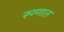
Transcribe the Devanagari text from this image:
रूग्णात